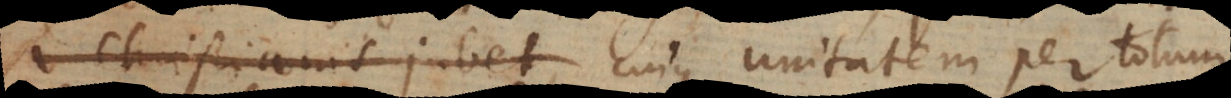
Christianis jubet, cujus unitatem per totum